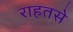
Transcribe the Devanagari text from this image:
राहतसे